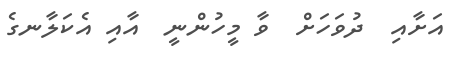
އަށާއި  ދުވަހަށް  ވާ މީހުންނީ  އާއި އެކަލާނގެ